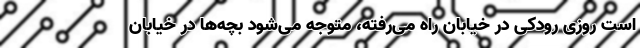
است روزی رودکی در خیابان راه می‌رفته، متوجه می‌شود بچه‌ها در خیابان